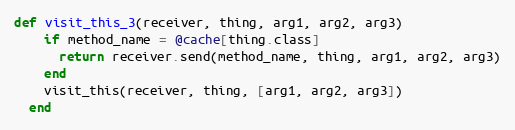
Language: Ruby
def visit_this_3(receiver, thing, arg1, arg2, arg3)
    if method_name = @cache[thing.class]
      return receiver.send(method_name, thing, arg1, arg2, arg3)
    end
    visit_this(receiver, thing, [arg1, arg2, arg3])
  end